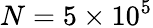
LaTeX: N=5\times 10^{5}